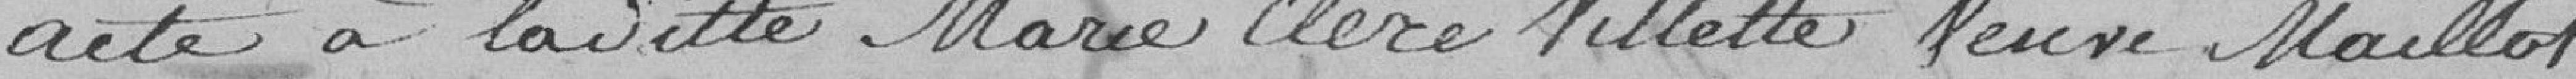
acte à ladite Marie Claire Villette veuve Maillot